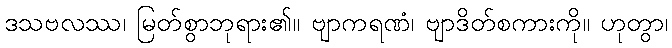
ဒသဗလဿ၊ မြတ်စွာဘုရား၏။ ဗျာကရဏံ၊ ဗျာဒိတ်စကားကို။ ဟုတွာ၊